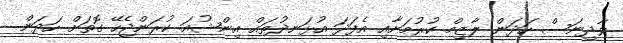
ވާދިނަސް ހަދަން ލާޒިމް ކުރުމަށާއި އެފަދަ އުޅަނދުތައް އިންޝުއަ ކުރަންޖެހޭ ގޮތަށް ހަދަން